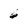
Character: 6